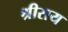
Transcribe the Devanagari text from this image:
श्रीराय